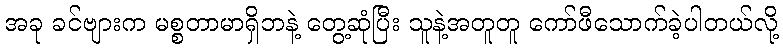
အခု ခင်ဗျားက မစ္စတာမာရှိဘနဲ့ တွေ့ဆုံပြီး သူနဲ့အတူတူ ကော်ဖီသောက်ခဲ့ပါတယ်လို့